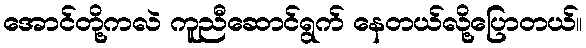
အောင်တို့ကလဲ ကူညီဆောင်ရွက် နေတယ်လို့ပြောတယ်။